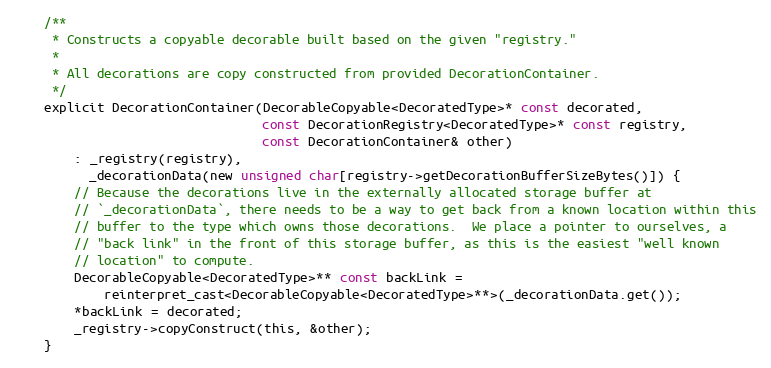
Language: C
    /**
     * Constructs a copyable decorable built based on the given "registry."
     *
     * All decorations are copy constructed from provided DecorationContainer.
     */
    explicit DecorationContainer(DecorableCopyable<DecoratedType>* const decorated,
                                 const DecorationRegistry<DecoratedType>* const registry,
                                 const DecorationContainer& other)
        : _registry(registry),
          _decorationData(new unsigned char[registry->getDecorationBufferSizeBytes()]) {
        // Because the decorations live in the externally allocated storage buffer at
        // `_decorationData`, there needs to be a way to get back from a known location within this
        // buffer to the type which owns those decorations.  We place a pointer to ourselves, a
        // "back link" in the front of this storage buffer, as this is the easiest "well known
        // location" to compute.
        DecorableCopyable<DecoratedType>** const backLink =
            reinterpret_cast<DecorableCopyable<DecoratedType>**>(_decorationData.get());
        *backLink = decorated;
        _registry->copyConstruct(this, &other);
    }